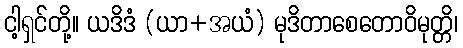
ငါ့ရှင်တို့။ ယဒိဒံ (ယာ+အယံ) မုဒိတာစေတောဝိမုတ္တိ၊